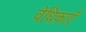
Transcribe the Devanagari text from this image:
वेधिकाएँ